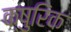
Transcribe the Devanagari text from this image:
क्षुरिक